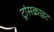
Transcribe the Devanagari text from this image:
ट्रांसक्राइट